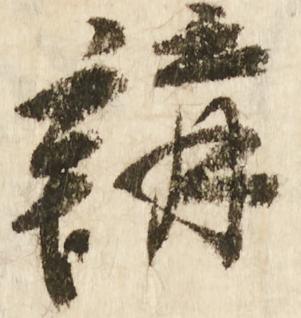
講